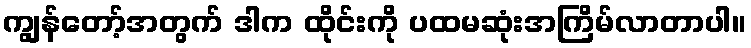
ကျွန်တော့်အတွက် ဒါက ထိုင်းကို ပထမဆုံးအကြိမ်လာတာပါ။